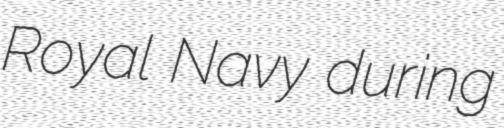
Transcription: Royal Navy during